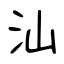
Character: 汕